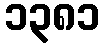
၁၃၈၁